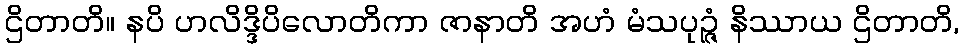
ဌိတာတိ။ နပိ ဟလိဒ္ဒိပိလောတိကာ ဇာနာတိ အဟံ မံသပုဉ္ဇံ နိဿာယ ဌိတာတိ,